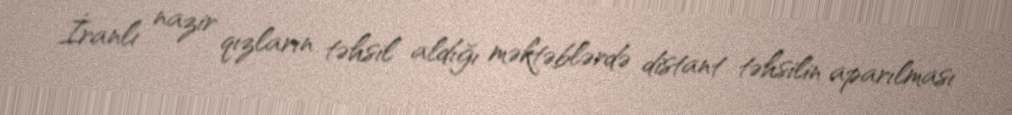
İranlı nazir qızların təhsil aldığı məktəblərdə distant təhsilin aparılması